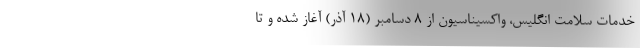
خدمات سلامت انگلیس، واکسیناسیون از ۸ دسامبر (۱۸ آذر) آغاز شده و تا